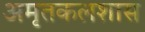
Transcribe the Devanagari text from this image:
अमृतकलशास